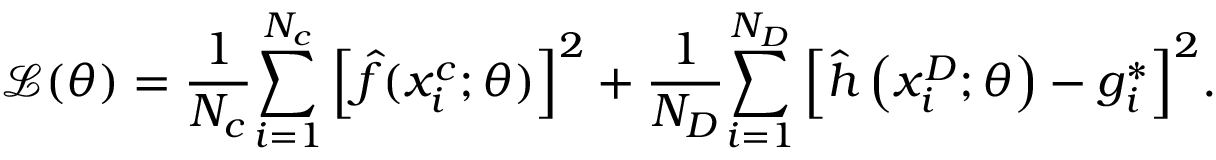
\mathcal { L } ( \theta ) = \frac { 1 } { { { N _ { c } } } } { \sum _ { i = 1 } ^ { { N _ { c } } } { \left[ { \hat { f } ( x _ { i } ^ { c } ; \theta ) } \right] } ^ { 2 } } + \frac { 1 } { { { N _ { D } } } } { \sum _ { i = 1 } ^ { { N _ { D } } } { \left[ { \hat { h } \left( { x _ { i } ^ { D } ; \theta } \right) - g _ { i } ^ { * } } \right] } ^ { 2 } } .